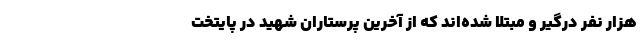
هزار نفر درگیر و مبتلا شده‌اند که از آخرین پرستاران شهید در پایتخت